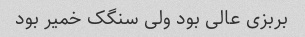
بربزی عالی بود ولی سنگک خمیر بود